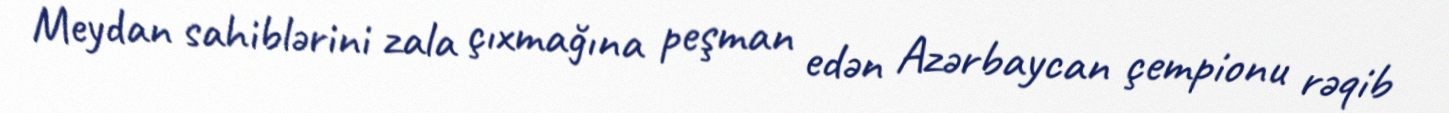
Meydan sahiblərini zala çıxmağına peşman edən Azərbaycan çempionu rəqib